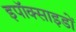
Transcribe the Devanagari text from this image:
इपॉक्साइडों